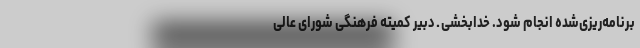
برنامه‌ریزی‌شده انجام شود. خدابخشی ـ دبیر کمیته فرهنگی شورای عالی